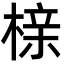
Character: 榇